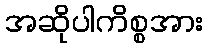
အဆိုပါကိစ္စအား